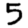
Digit: 5